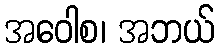
အဝေါစ၊ အဘယ်